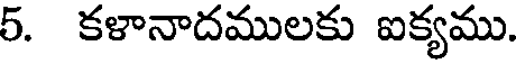
5. కళానాదములకు ఐక్యము.